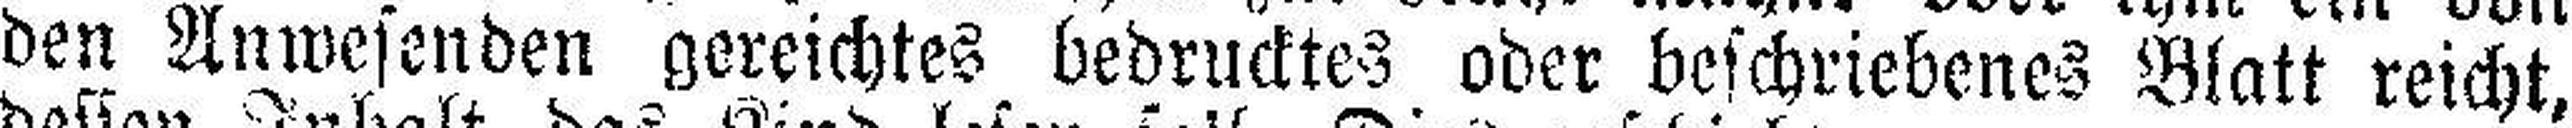
den Anwesenden gereichtes bedrucktes oder beschriebenes Blatt reicht,